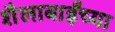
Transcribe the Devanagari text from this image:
शैलाबाईंच्या